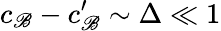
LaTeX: c_{\mathscr{B}}-c_{\mathscr{B}}^{\prime}\sim\Delta\ll1